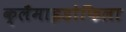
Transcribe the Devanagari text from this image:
क्लैमाइडोफिला